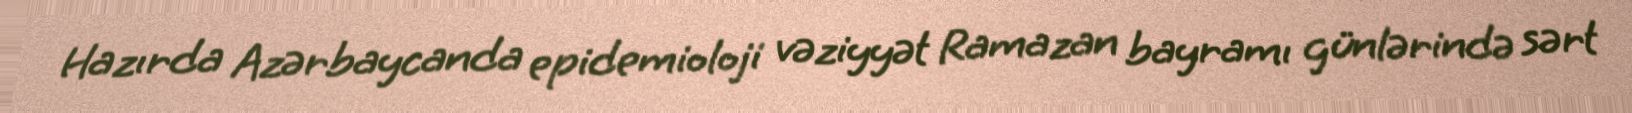
Hazırda Azərbaycanda epidemioloji vəziyyət Ramazan bayramı günlərində sərt